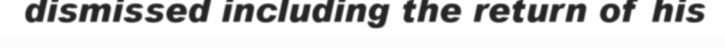
dismissed including the return of his